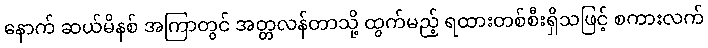
နောက် ဆယ်မိနစ် အကြာတွင် အတ္တလန်တာသို့ ထွက်မည့် ရထားတစ်စီးရှိသဖြင့် စကားလက်